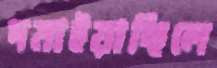
দমাইয়াছিলে